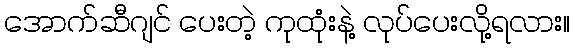
အောက်ဆီဂျင် ပေးတဲ့ ကုထုံးနဲ့ လုပ်ပေးလို့ရလား။